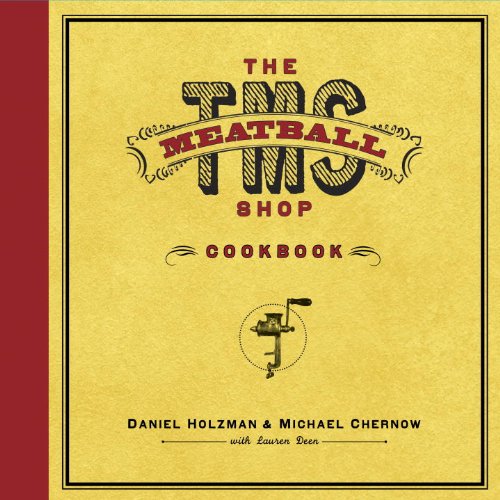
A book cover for The Meatball Shop Cookbook; Daniel Holzman; Cookbooks, Food & Wine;